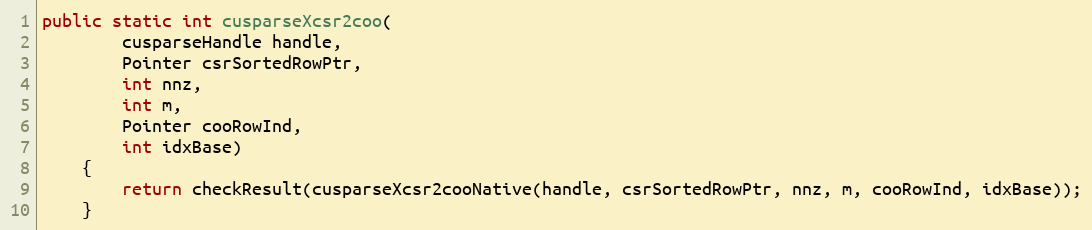
Language: Java
public static int cusparseXcsr2coo(
        cusparseHandle handle,
        Pointer csrSortedRowPtr,
        int nnz,
        int m,
        Pointer cooRowInd,
        int idxBase)
    {
        return checkResult(cusparseXcsr2cooNative(handle, csrSortedRowPtr, nnz, m, cooRowInd, idxBase));
    }